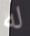
له